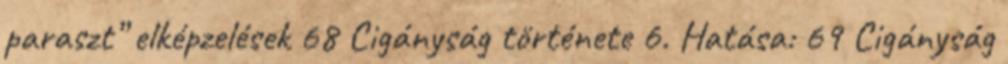
paraszt” elképzelések 68 Cigányság története 6. Hatása: 69 Cigányság